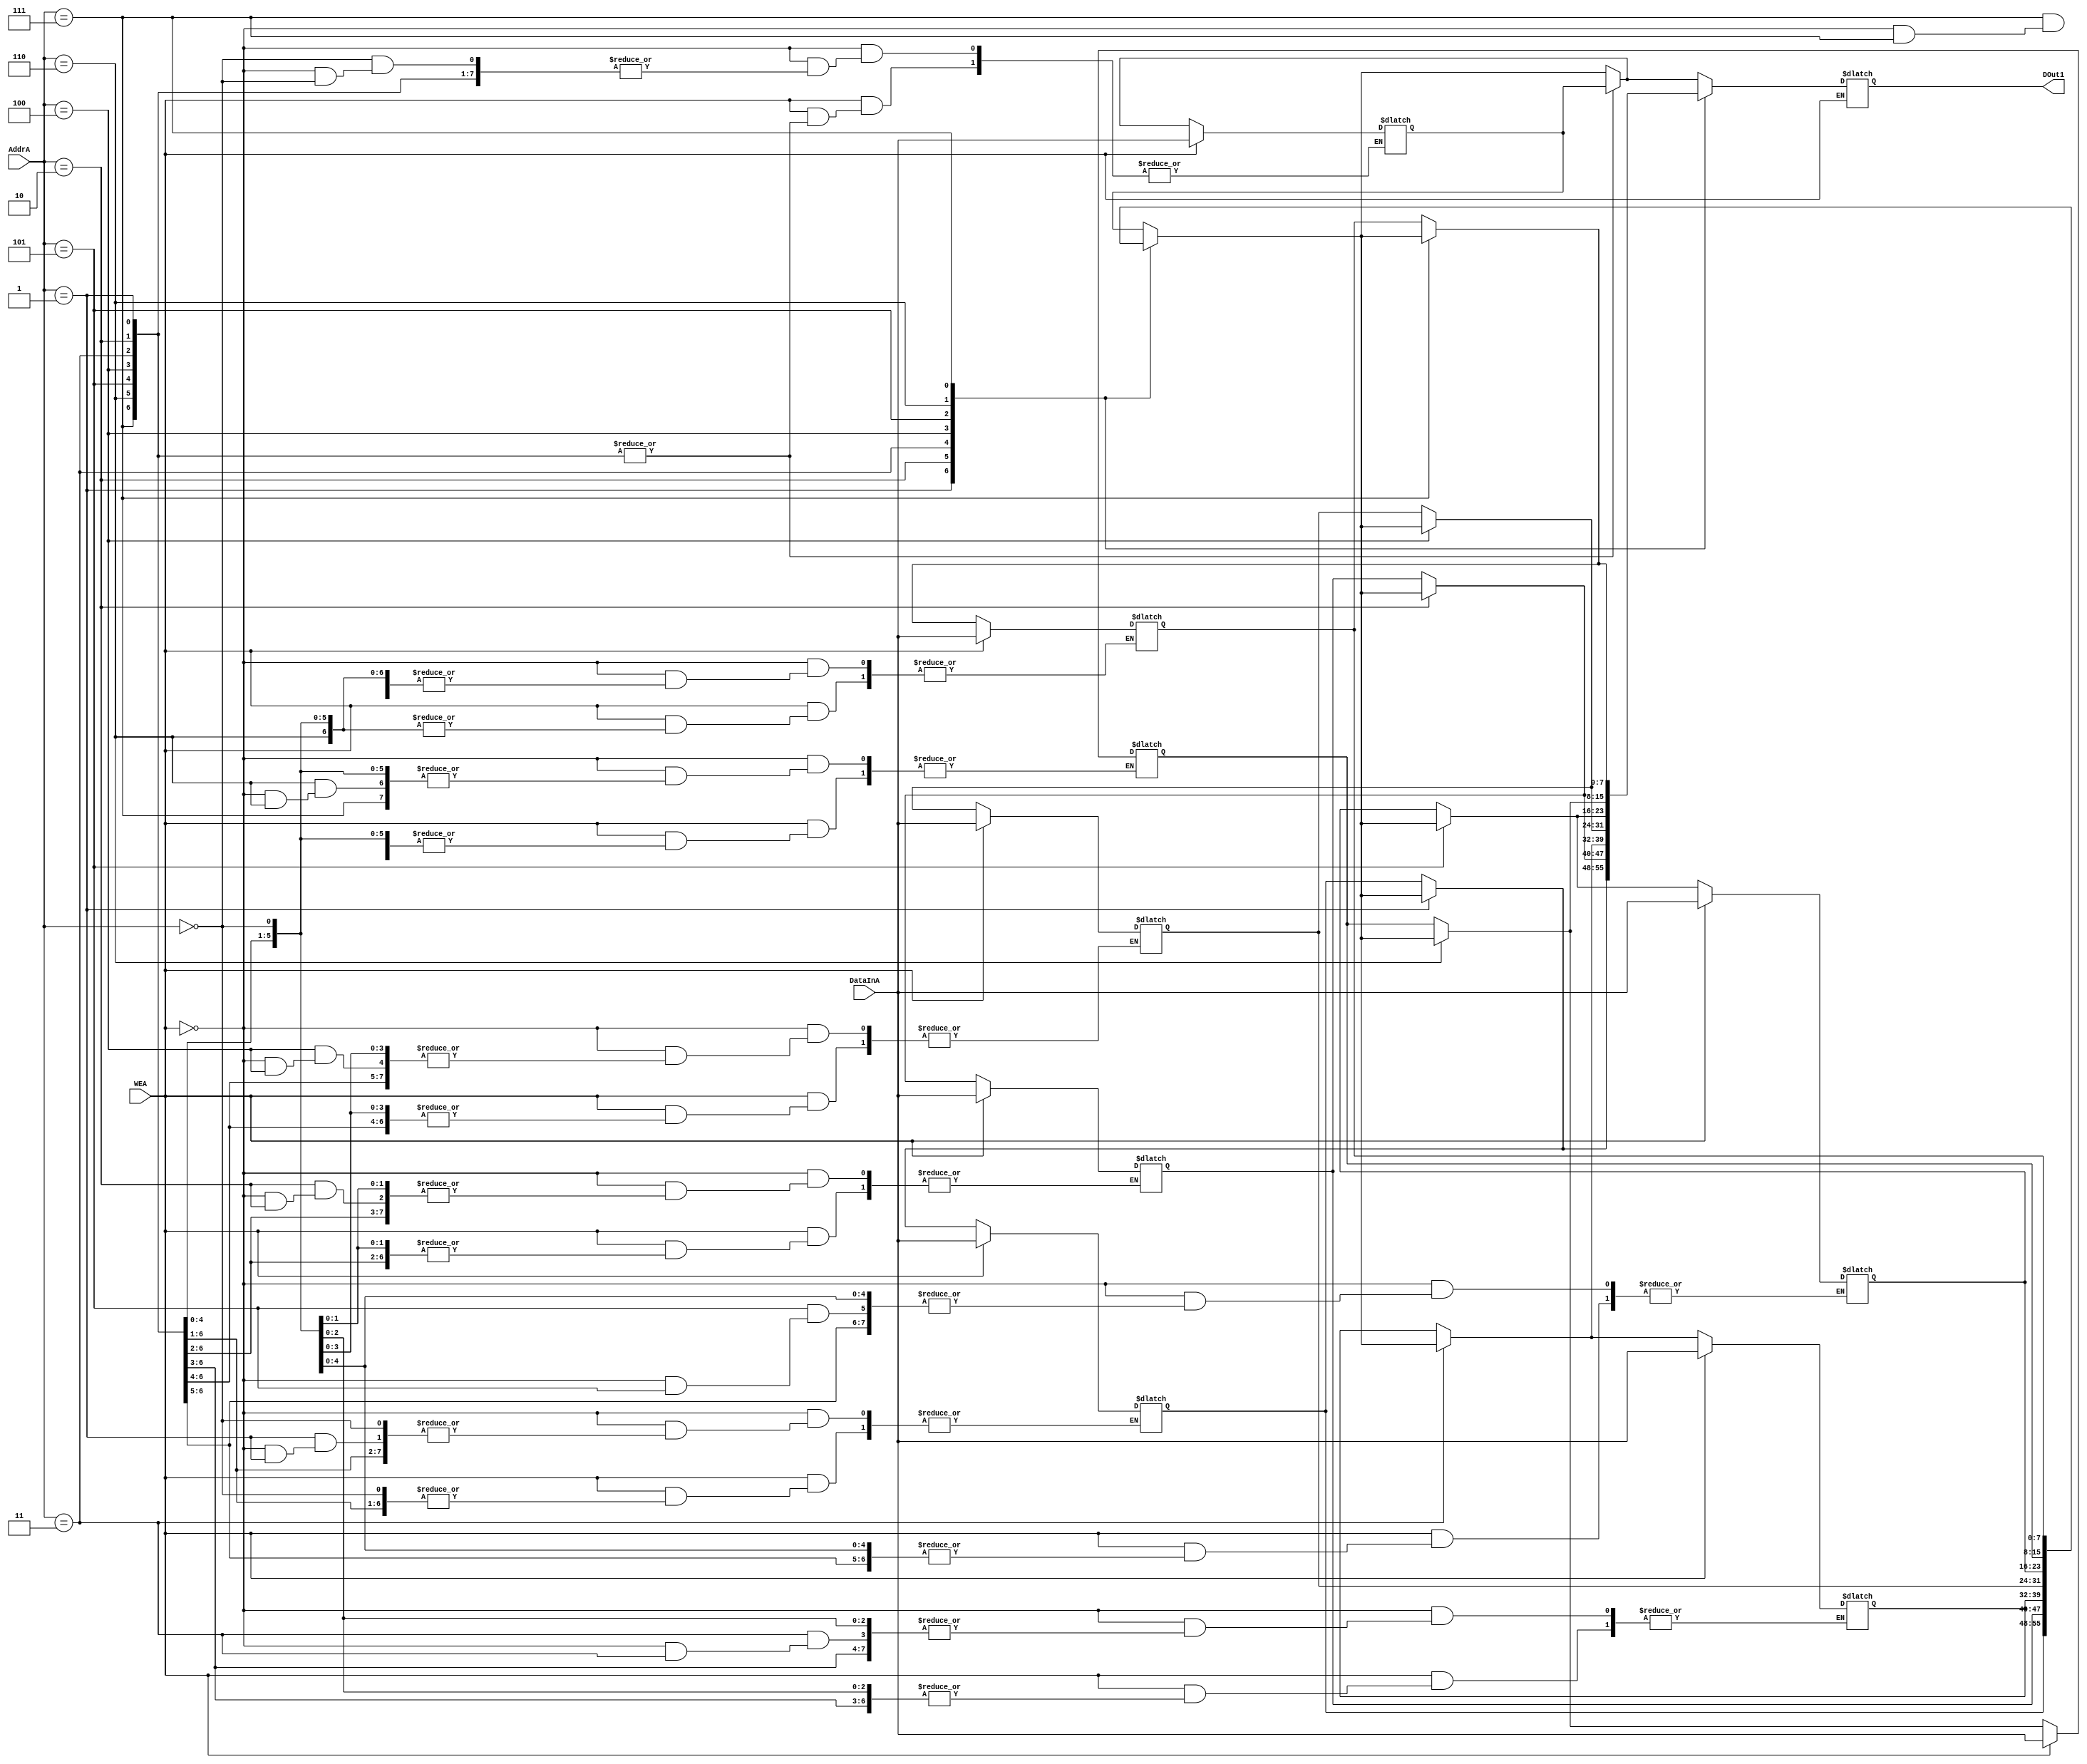
module memoryA(DOut1, AddrA, WEA, DataInA);
    output reg [7:0] DOut1;
    input [2:0] AddrA;
    input WEA;
    input [7:0] DataInA;

    reg [7:0] memA [7:0];
    
    always @(AddrA, WEA)begin
        if(WEA) memA[AddrA] = DataInA;
        else begin
            memA[AddrA] = memA[AddrA];
            DOut1 = memA[AddrA];
        end
    end
endmodule

module memoryB(AddrB, WEB, DataInB);
    input [1:0] AddrB;
    input WEB;
    input [7:0] DataInB;

    reg [7:0] memB [3:0];
    
    always @(AddrB, WEB)begin
        if(WEB) memB[AddrB] = DataInB;
        else begin 
            memB[AddrB] = memB[AddrB];
        end
    end
endmodule

module counterA(addr, inc, reset, clk);
    output reg [2:0] addr;
    input inc, reset, clk;
    
    initial begin
        addr = 0;
    end
    
    always @(posedge clk) begin
        if(reset) addr <= 3'b0;
        else if(inc) addr <= addr + 3'b1;
        else addr <= addr;
    end
endmodule

module counterB(addr, inc, reset, clk);
    output reg [1:0] addr;
    input inc, reset, clk;
    
    initial begin
        addr <= 0;
    end
    
    always @(posedge clk) begin
        if(reset) addr <= 2'b0;
        else if(inc) addr <= addr + 2'b1;
        else addr <= addr;
    end
endmodule

module dreg(q, d, clk);
    output reg [7:0] q;
    input [7:0] d;
    input clk;
    
    always @(posedge clk) begin
        q <= d;
    end
endmodule

module comparator(sign, in1, in2);
    output reg sign;
    input [7:0] in1;
    input [7:0] in2;
    
    always @(in1, in2) begin
        if(in1 >= in2) sign = 0;
        else sign = 1;
    end
    
endmodule

module adder(addOut, in1, in2);
    output [7:0] addOut;
    input [7:0] in1;
    input [7:0] in2;
    
    assign addOut = in1 + in2;
endmodule

module sub(subOut, in1, in2);
    output [7:0] subOut;
     input [7:0] in1;
     input [7:0] in2;
     
     assign subOut = in1 - in2;
endmodule

module mux2to1(dataOut, addIn, subIn, sel);
    output reg [7:0] dataOut;
    input [7:0] addIn;
    input [7:0] subIn;
    input sel;
    
    always @(addIn, subIn, sel) begin
        if(sel) dataOut = addIn;
        else dataOut = subIn;
    end
endmodule